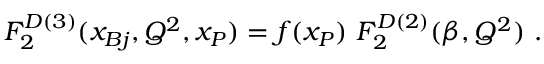
F _ { 2 } ^ { D ( 3 ) } ( x _ { B j } , Q ^ { 2 } , x _ { \cal P } ) = f ( x _ { \cal P } ) \ F _ { 2 } ^ { D ( 2 ) } ( \beta , Q ^ { 2 } ) \ .